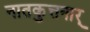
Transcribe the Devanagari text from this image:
नातकुत्तनार्